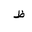
Letter: _za